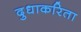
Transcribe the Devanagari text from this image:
दुधाकरिता